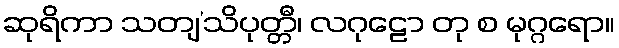
ဆုရိကာ သတျ’သိပုတ္တီ၊ လဂုဠော တု စ မုဂ္ဂရော။